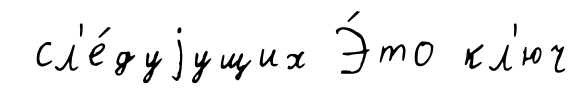
сл'е́дуjущих Э́то кл'юч